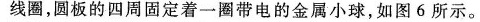
线圈，圆板的四周固定着一圈带电的金属小球，如图6所示。